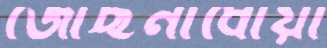
জোছনাধোয়া